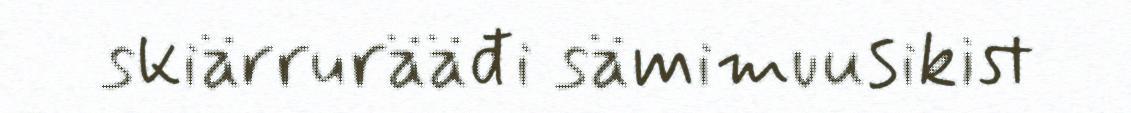
skiärrurääđi sämimuusikist